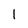
Character: 1